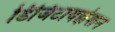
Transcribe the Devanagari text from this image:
डिजिटायझेशन